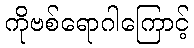
ကိုဗစ်ရောဂါကြောင့်